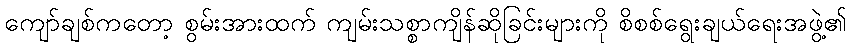
ကျော်ချစ်ကတော့ စွမ်းအားထက် ကျမ်းသစ္စာကျိန်ဆိုခြင်းများကို စိစစ်ရွေးချယ်ရေးအဖွဲ့၏